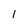
Character: 1